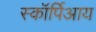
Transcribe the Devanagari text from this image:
स्कॉर्पिआय